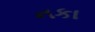
નકા